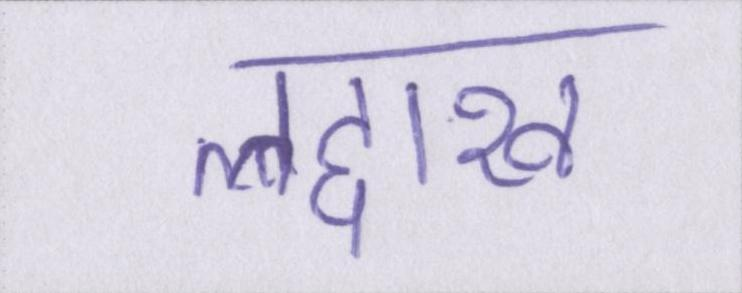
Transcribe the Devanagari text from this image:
लद्दाख